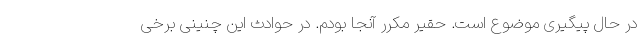
در حال پیگیری موضوع است. حقیر مکرر آنجا بودم. در حوادث این چنینی برخی